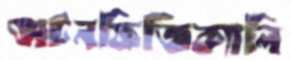
অটনফিজিক্যালি